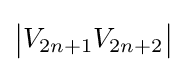
{\bigl |}V_{2n+1}V_{2n+2}{\bigr |}